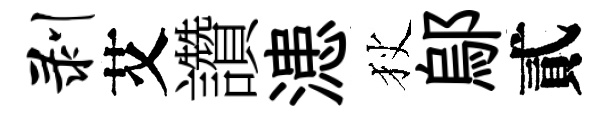
剥艾讚漶狄鄔貳